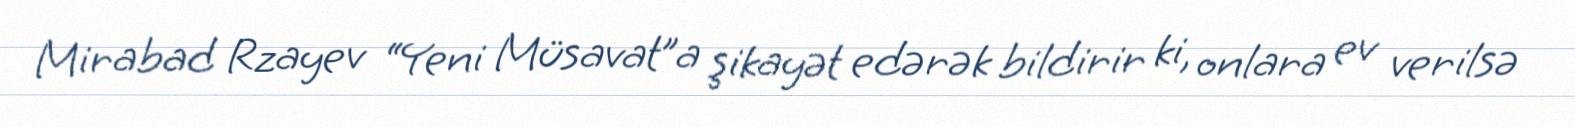
Mirabad Rzayev “Yeni Müsavat”a şikayət edərək bildirir ki, onlara ev verilsə